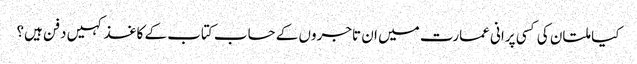
کیا ملتان کی کسی پرانی عمارت میں ان تاجروں کے حساب کتاب کے کاغذ کہیں دفن ہیں؟